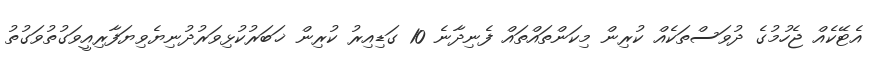
އެޓޭކެއް ޖެހުމުގެ ދުވަސްތަކެއް ކުރިން މިކަންތައްތައް ފެނިދާނެ 10 ގަޑިއިރު ކުރިން ޚަބަރުކުޅިވަރުދުނިޔެވިޔަފާރިއީވަގުތުވަގުތު